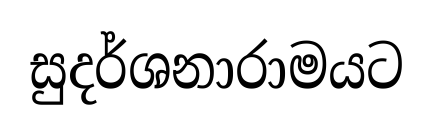
සුදර්ශනාරාමයට